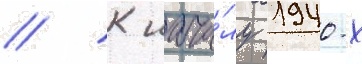
// К нача́лу 1940-х